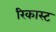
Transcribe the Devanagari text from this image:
रिकास्ट